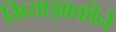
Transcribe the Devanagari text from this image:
मियाझाकीने